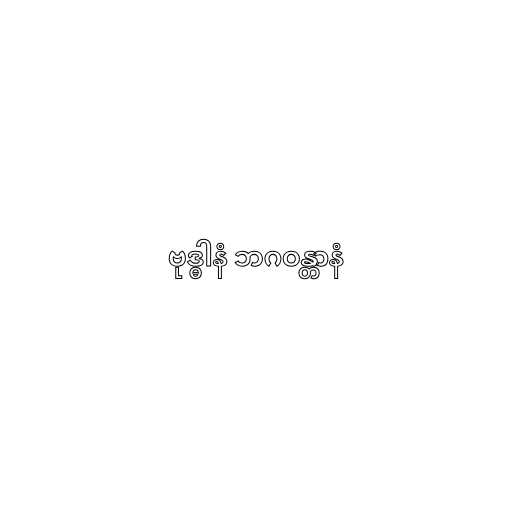
ဗုဒ္ဓါနံ ဘဂဝန္တာနံ